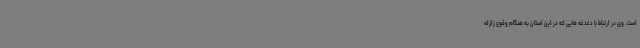
است. وی در ارتباط با دغدغه هایی که در این استان به هنگام وقوع زلزله